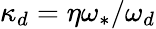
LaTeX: \kappa_{d}=\eta\omega_{\ast}/\omega_{d}